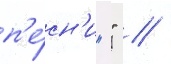
п'е́сн'и "" //